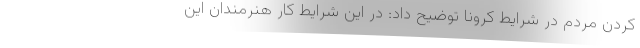
کردن مردم در شرایط کرونا توضیح داد: در این شرایط کار هنرمندان این